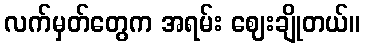
လက်မှတ်တွေက အရမ်း ဈေးချိုတယ်။